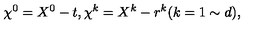
\chi ^ { 0 } = X ^ { 0 } - t , \chi ^ { k } = X ^ { k } - r ^ { k } ( k = 1 \sim d ) ,